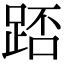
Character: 踎